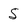
Character: 5